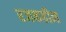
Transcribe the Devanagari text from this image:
रजकहीन